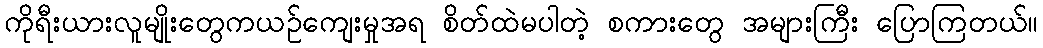
ကိုရီးယားလူမျိုးတွေကယဉ်ကျေးမှုအရ စိတ်ထဲမပါတဲ့ စကားတွေ အများကြီး ပြောကြတယ်။